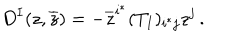
D ^ { I } ( z , \overline { { z } } ) = - \overline { { z } } ^ { i ^ { * } } ( T _ { I } ) _ { i ^ { * } j } z ^ { j } \, .